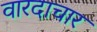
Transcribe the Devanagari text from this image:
वारदाचार